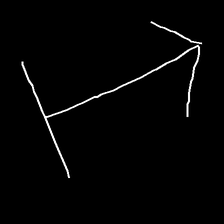
Glyph: levitation